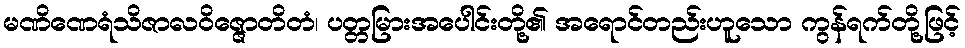
မဏိဏေရံသိဇာလဝိဇ္ဇောတိတံ၊ ပတ္တမြားအပေါင်းတို့၏ အရောင်တည်းဟူသော ကွန်ရက်တို့ဖြင့်